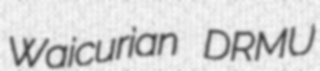
Waicurian DRMU